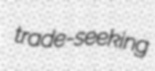
trade-seeking